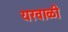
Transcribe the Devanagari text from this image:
यरवाळी